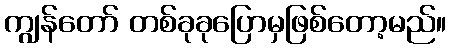
ကျွန်တော် တစ်ခုခုပြောမှဖြစ်တော့မည်။